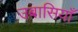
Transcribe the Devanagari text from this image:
उबासियाँ